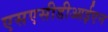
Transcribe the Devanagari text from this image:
एसएसीडीआईएन